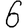
Digit: 6